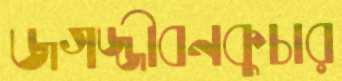
জগজ্জীবনকুচার